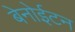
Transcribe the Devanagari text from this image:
बेनोईटन